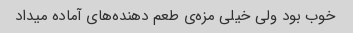
خوب بود ولی خیلی مزه‌ی طعم دهنده‌های آماده میداد